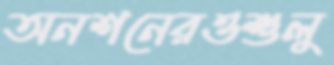
অনশনেরওশুলু